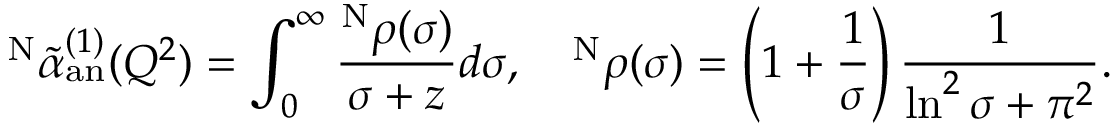
^ { \mathrm { N } } \widetilde { \alpha } _ { \mathrm { a n } } ^ { ( 1 ) } ( Q ^ { 2 } ) = \int _ { 0 } ^ { \infty } \frac { ^ { \mathrm { N } } \rho ( \sigma ) } { \sigma + z } d \sigma , \quad ^ { \mathrm { N } } \rho ( \sigma ) = \left( 1 + \frac { 1 } { \sigma } \right) \frac { 1 } { \ln ^ { 2 } \sigma + \pi ^ { 2 } } .